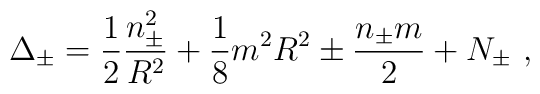
\Delta _{\pm }=\displaystyle\frac{1}{2}\displaystyle\frac{n^{2}_{\pm }}{R^{2}}+\displaystyle\frac{1}{8}m^{2}R^{2}\pm \displaystyle\frac{n_{\pm }m}{2}+N_{\pm }\, \, ,